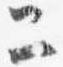
二